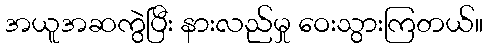
အယူအဆကွဲပြီး နားလည်မှု ဝေးသွားကြတယ်။